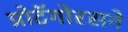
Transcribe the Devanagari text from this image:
प्रोटॅगोरसने